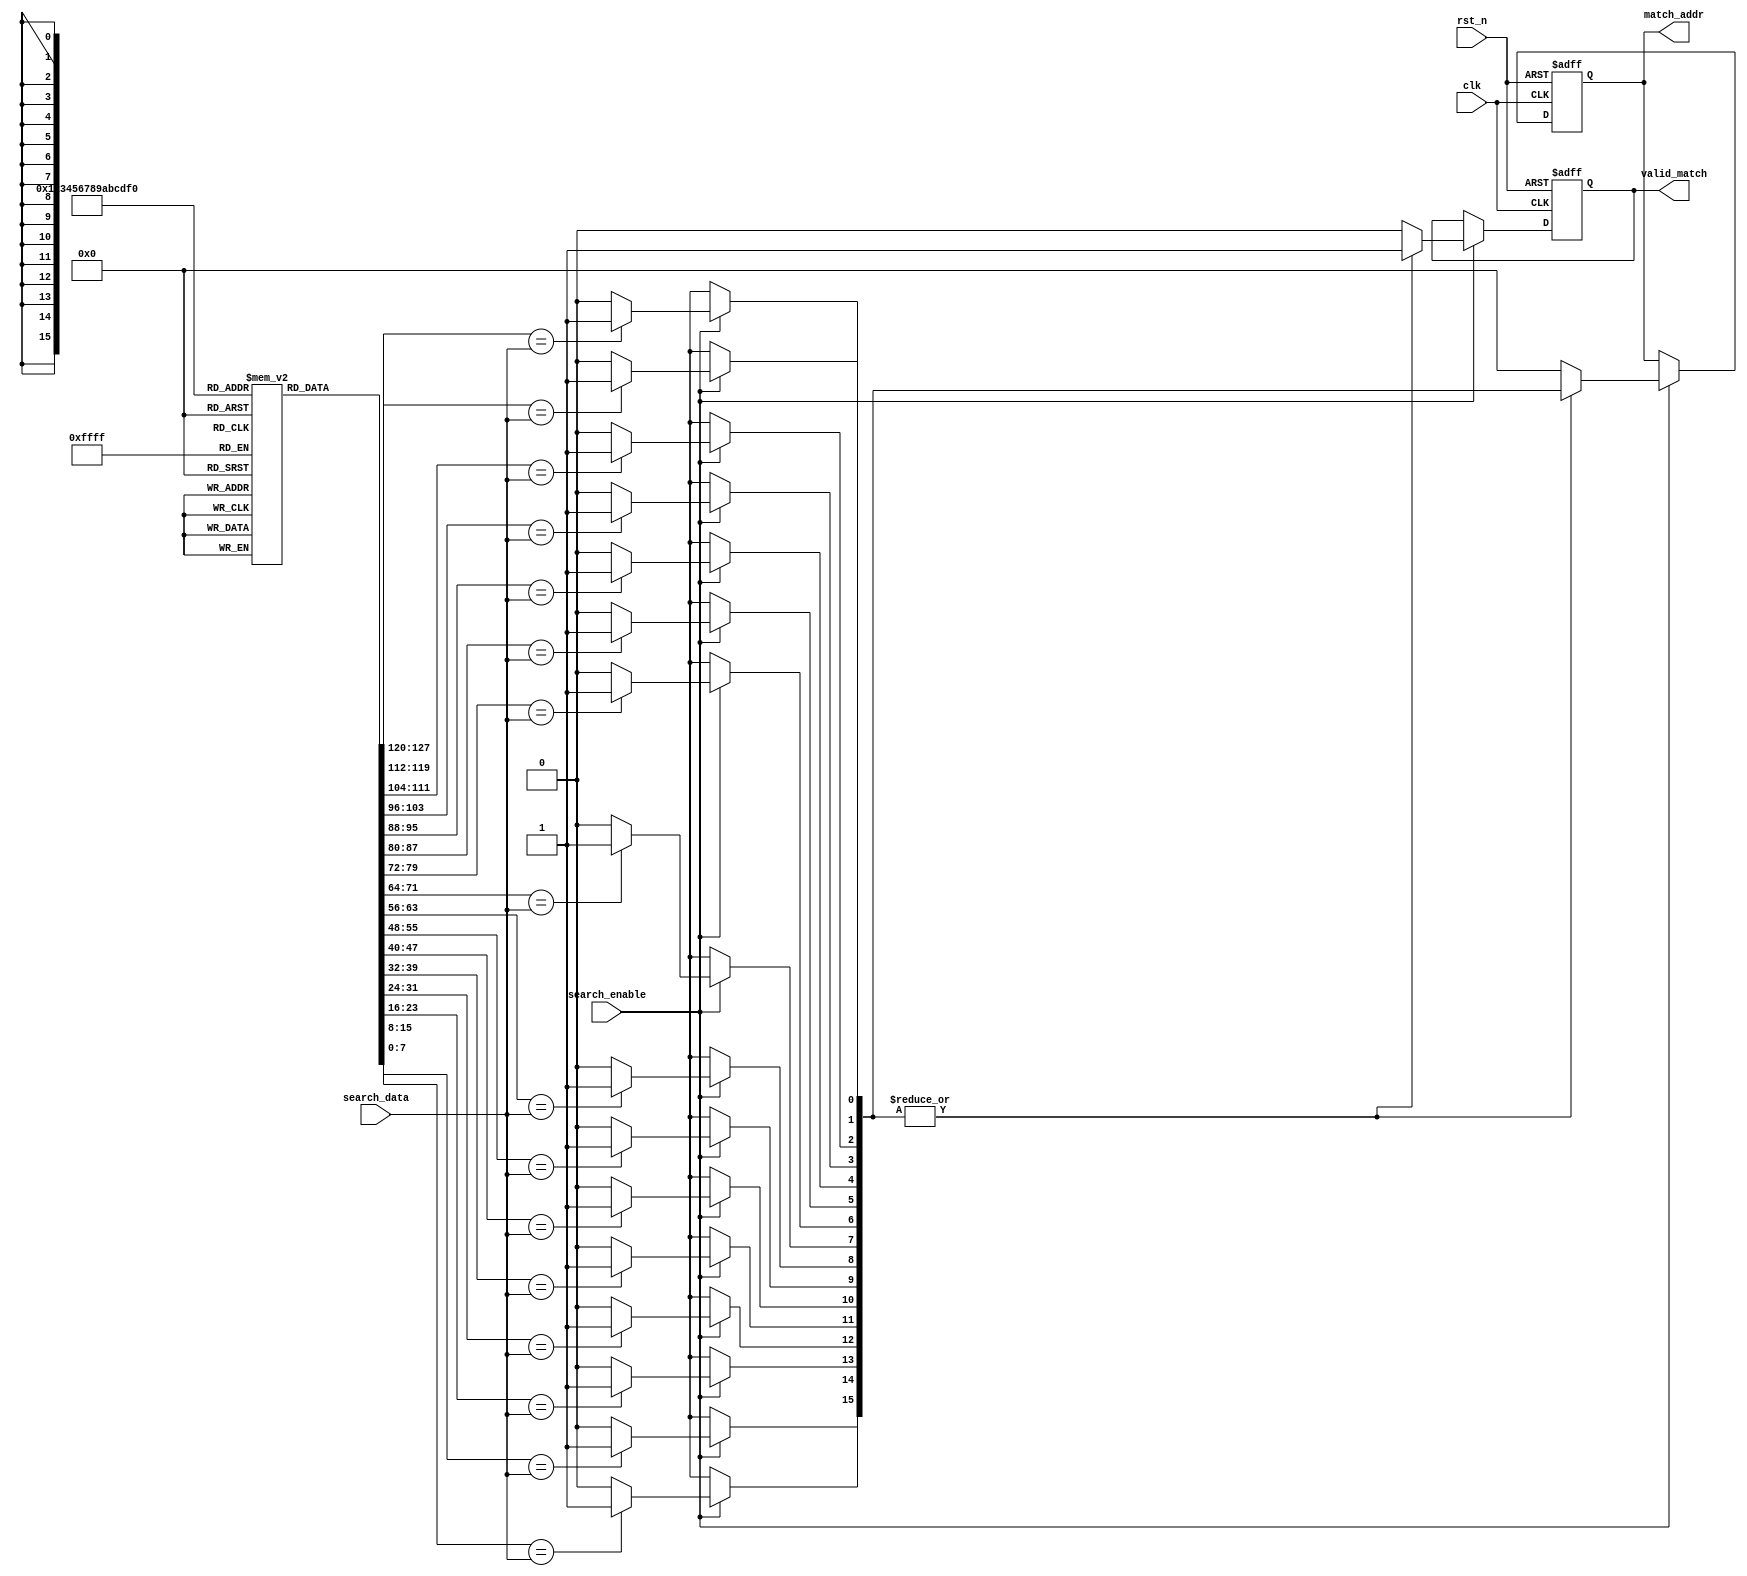
module energy_efficient_cam #(
    parameter DATA_WIDTH = 8,     // Width of the data
    parameter CAM_SIZE = 16        // Number of entries in CAM
)(
    input wire clk,                // Clock signal
    input wire rst_n,              // Active low reset
    input wire [DATA_WIDTH-1:0] search_data, // Input search query
    input wire search_enable,       // Search enable signal
    output reg [CAM_SIZE-1:0] match_addr, // Match address output
    output reg valid_match          // Match valid signal
);

    // Storage for CAM entries (low-power SRAM)
    reg [DATA_WIDTH-1:0] cam_memory [0:CAM_SIZE-1];
    
    // Temporary variables for match detection
    integer i;
    reg [CAM_SIZE-1:0] match_lines;

    // Input buffer to hold incoming search queries
    always @(posedge clk or negedge rst_n) begin
        if (!rst_n) begin
            valid_match <= 1'b0;
            match_addr <= {CAM_SIZE{1'b0}};
        end else if (search_enable) begin
            // Initialize match lines
            match_lines = 0;
            // Parallel comparison
            for (i = 0; i < CAM_SIZE; i = i + 1) begin
                if (cam_memory[i] == search_data) begin
                    match_lines[i] = 1'b1;
                end
            end
            
            // Update match results
            if (|match_lines) begin // If any match found
                valid_match <= 1'b1;
                match_addr <= match_lines; // Outputs the match lines
            end else begin
                valid_match <= 1'b0;
                match_addr <= {CAM_SIZE{1'b0}};
            end
        end
    end
    
    // Initialization of CAM entries
    integer j;
    initial begin
        for (j = 0; j < CAM_SIZE; j = j + 1) begin
            cam_memory[j] = {DATA_WIDTH{1'b0}}; // Initialize to zero
        end
    end
    
    // Power management features could be added here

endmodule